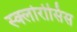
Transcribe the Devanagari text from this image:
स्क्लोरोसिस